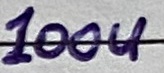
Text: 100u